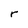
Character: r